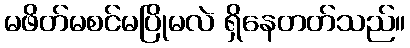
မဖိတ်မစင်မပြိုမလဲ ရှိနေတတ်သည်။